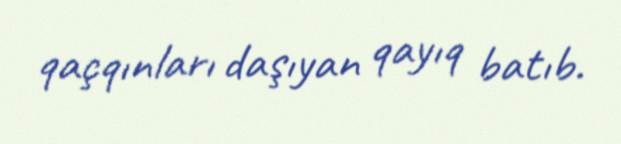
qaçqınları daşıyan qayıq batıb.